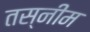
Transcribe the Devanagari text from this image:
तस्नीम